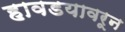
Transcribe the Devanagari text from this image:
हावडयावरून